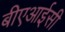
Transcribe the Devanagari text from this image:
बीएआईसी